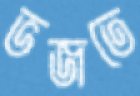
ভজতে